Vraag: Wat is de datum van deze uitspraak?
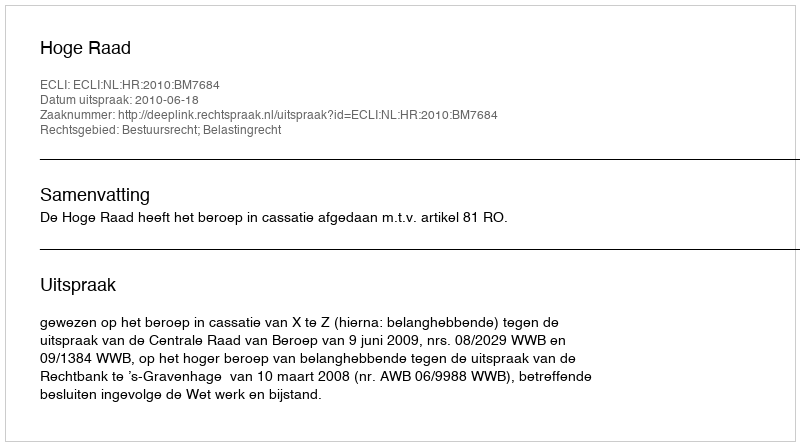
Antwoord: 2010-06-18